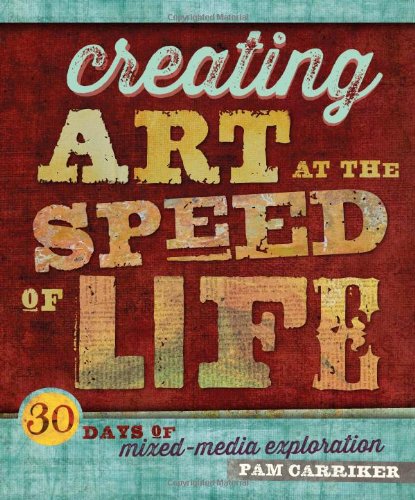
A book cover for Creating Art at the Speed of Life: 30 Days of Mixed-Media Exploration; Pam Carriker; Crafts, Hobbies & Home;